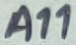
Text: A11